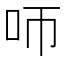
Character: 𠯗